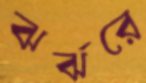
ঝর্ঝরে